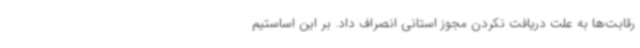
رقابت‌ها به علت دریافت نکردن مجوز استانی انصراف داد. بر این اساستیم